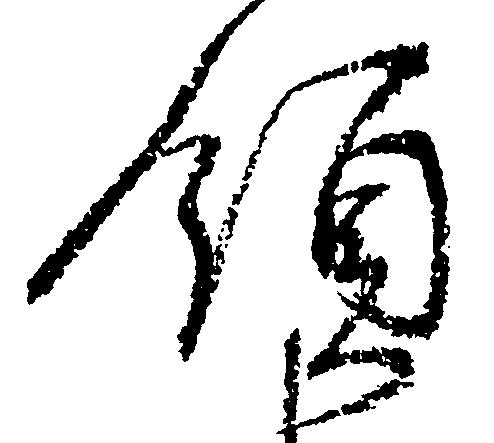
領